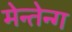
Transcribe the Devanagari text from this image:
मेन्तेन्ग